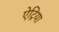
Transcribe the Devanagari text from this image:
ऐट्रिया